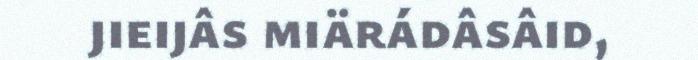
jieijâs miärádâsâid,